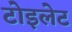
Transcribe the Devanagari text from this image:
टोइलेट